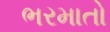
ભરમાતો